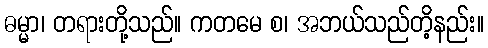
ဓမ္မာ၊ တရားတို့သည်။ ကတမေ စ၊ အဘယ်သည်တိ့နည်း။